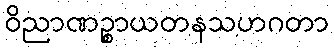
ဝိညာဏဉ္စာယတနသဟဂတာ